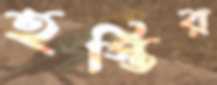
হস্তির